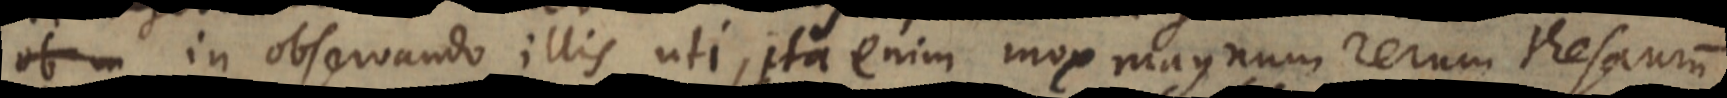
in observando illis uti, ita enim mox magnum rerum thesaurum